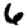
Digit: 6